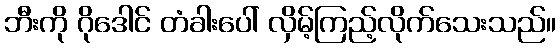
ဘီးကို ဂိုဒေါင် တံခါးပေါ် လှိမ့်ကြည့်လိုက်သေးသည်။